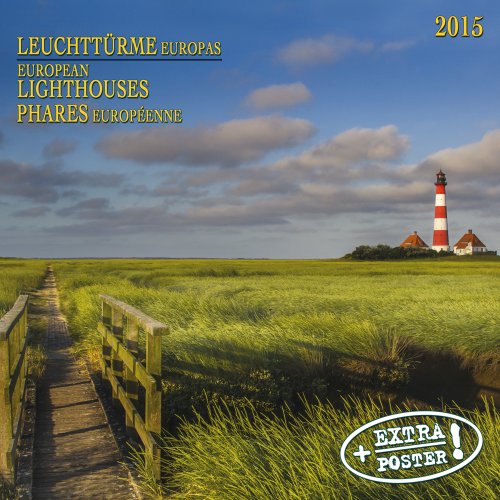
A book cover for European Lighthouses; Tushita Publishing; Calendars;